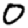
Digit: 0